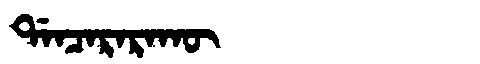
Manchu: ᡩᠠᠨᠴᠠᡵᠠᡵᠠᡴᡡ
Romanization: DANCARARAKŪ